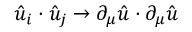
{ \hat { u } } _ { i } \cdot { \hat { u } } _ { j } \to \partial _ { \mu } { \hat { u } } \cdot \partial _ { \mu } { \hat { u } }